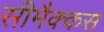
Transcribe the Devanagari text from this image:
सीमैक्कस